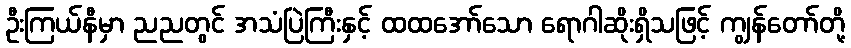
ဦးကြယ်နီမှာ ညညတွင် အသံပြဲကြီးနှင့် ထထအော်သော ရောဂါဆိုးရှိသဖြင့် ကျွန်တော်တို့